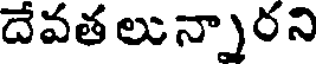
దేవతలున్నారని